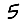
Digit: 5